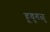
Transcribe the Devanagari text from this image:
हूवुगळु